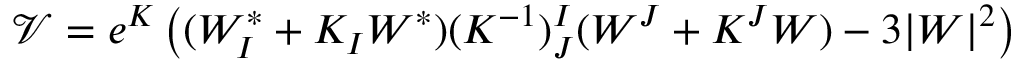
\mathcal { V } = e ^ { K } \left( ( W _ { I } ^ { * } + K _ { I } W ^ { * } ) ( K ^ { - 1 } ) _ { J } ^ { I } ( W ^ { J } + K ^ { J } W ) - 3 | W | ^ { 2 } \right)